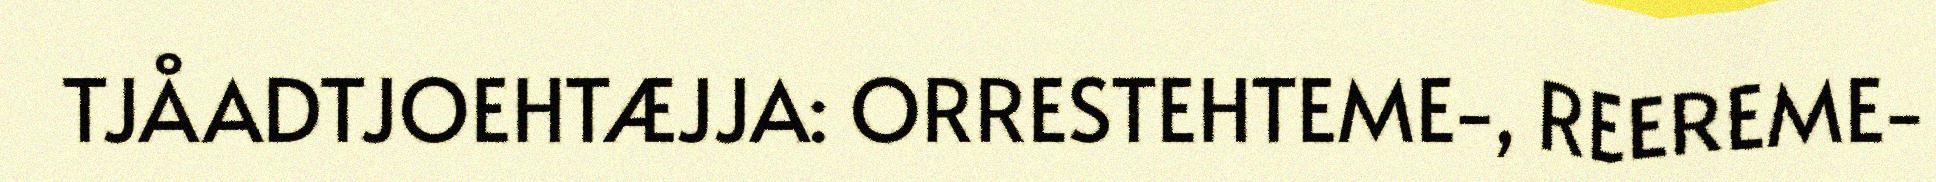
TJÅADTJOEHTÆJJA: ORRESTEHTEME-, REEREME-